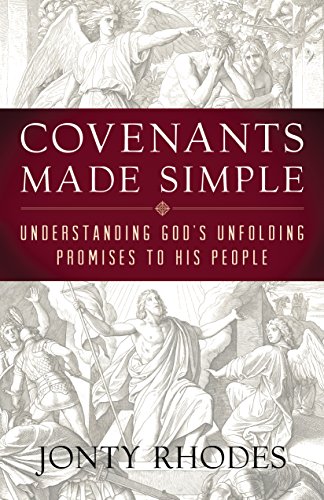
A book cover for Covenants Made Simple: Understanding God's Unfolding Promises to His People; Jonty Rhodes; Christian Books & Bibles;